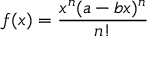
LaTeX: f ( x ) = { \frac { x ^ { n } ( a - b x ) ^ { n } } { n ! } }